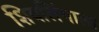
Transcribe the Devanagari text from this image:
शिवलिंगाला